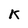
Character: k